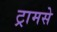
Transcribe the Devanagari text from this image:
ट्रामसे